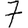
Digit: 7